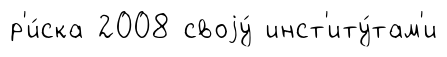
р'и́ска 2008 своjу́ инст'иту́там'и